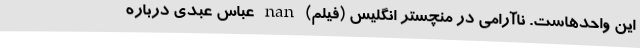
این واحدهاست. ناآرامی در منچستر انگلیس (فیلم) nan عباس عبدی درباره